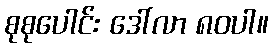
စုစုပေါင်း ဒေါ်လာ ၈၀ပါ။